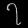
Digit: ၇